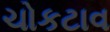
ચોકટાવ